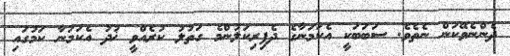
ދެންނެވޭކަން ނެތެވެ. ސަބަބަކީ އެކަމަނާގެ ދެފިރިކަލުންމެ ގަތުލު ކުރެއްވީ ޚުދު އެކަމަނާ ކަމުގައި